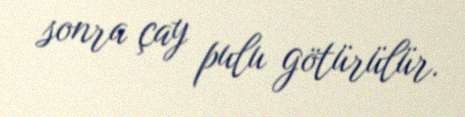
sonra çay pulu götürülür.